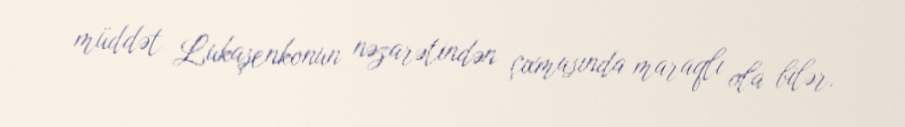
müddət Lukaşenkonun nəzarətindən çıxmasında maraqlı ola bilər.